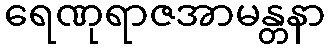
ရေဏုရာဇအာမန္တနာ